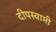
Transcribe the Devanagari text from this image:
दीपस्वामी